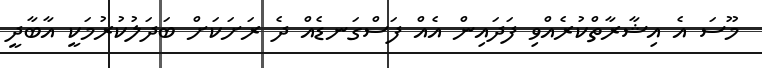
މޫސަ އެ އިޝާރާތްކުރެއްވި ފަދައިން އެއް ފަސްގަނޑެއް ދެ ރަށަކަށް ބަދަލުކުރުމަކީ އާބާދީ